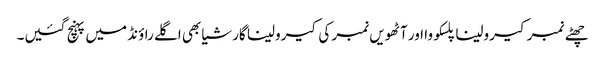
چھٹے نمبر کیرولینا پلسکووا اور آٹھویں نمبر کی کیرولینا گارشیا بھی اگلے راؤنڈ میں پہنچ گئیں۔